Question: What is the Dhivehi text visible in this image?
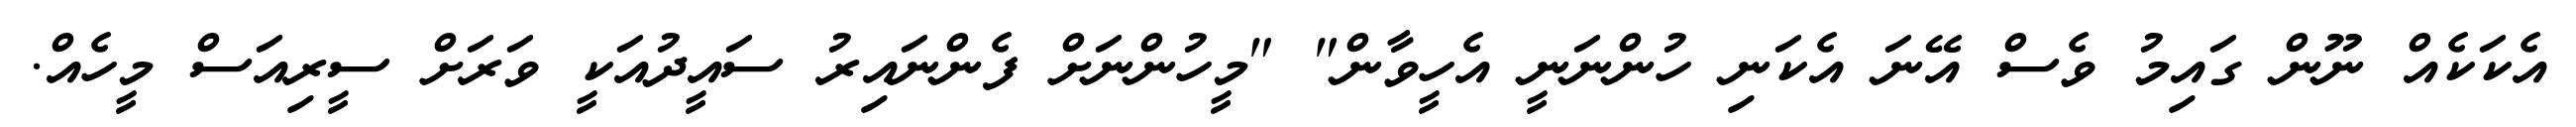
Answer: އެކަކެއް ނޫން ގައިމު ވެސް އޭނަ އެކަނި ހުންނަނީ އެހީވާން" "މީހުންނަށް ފެންނައިރު ސައީދުއަކީ ވަރަށް ސީރިއަސް މީހެއް.